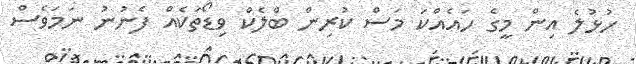
ހުޅުލެ އިން މީގެ ހައެއްކަ މަސް ކުރިން ބްލެކް ވިޑޯތަކެއް ފެނުނު ނަމަވެސް